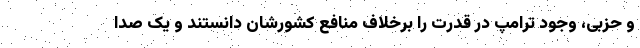
و حزبی، وجود ترامپ در قدرت را برخلاف منافع کشورشان دانستند و یک صدا